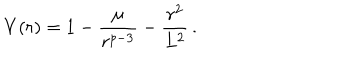
LaTeX: V ( r ) = 1 - { \frac { \mu } { r ^ { p - 3 } } } - { \frac { r ^ { 2 } } { L ^ { 2 } } } \, .